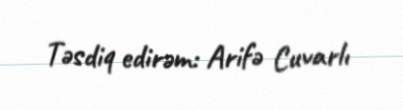
Təsdiq edirəm: Arifə Cuvarlı